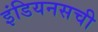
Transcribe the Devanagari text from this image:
इंडियनसची